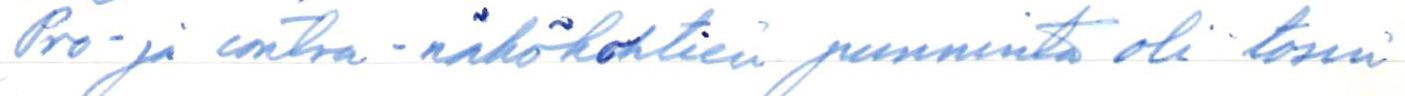
Pro- ja contra -näkökohtien punninta oli tosin